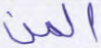
المن